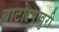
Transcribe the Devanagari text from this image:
बाटोरपुखुरी